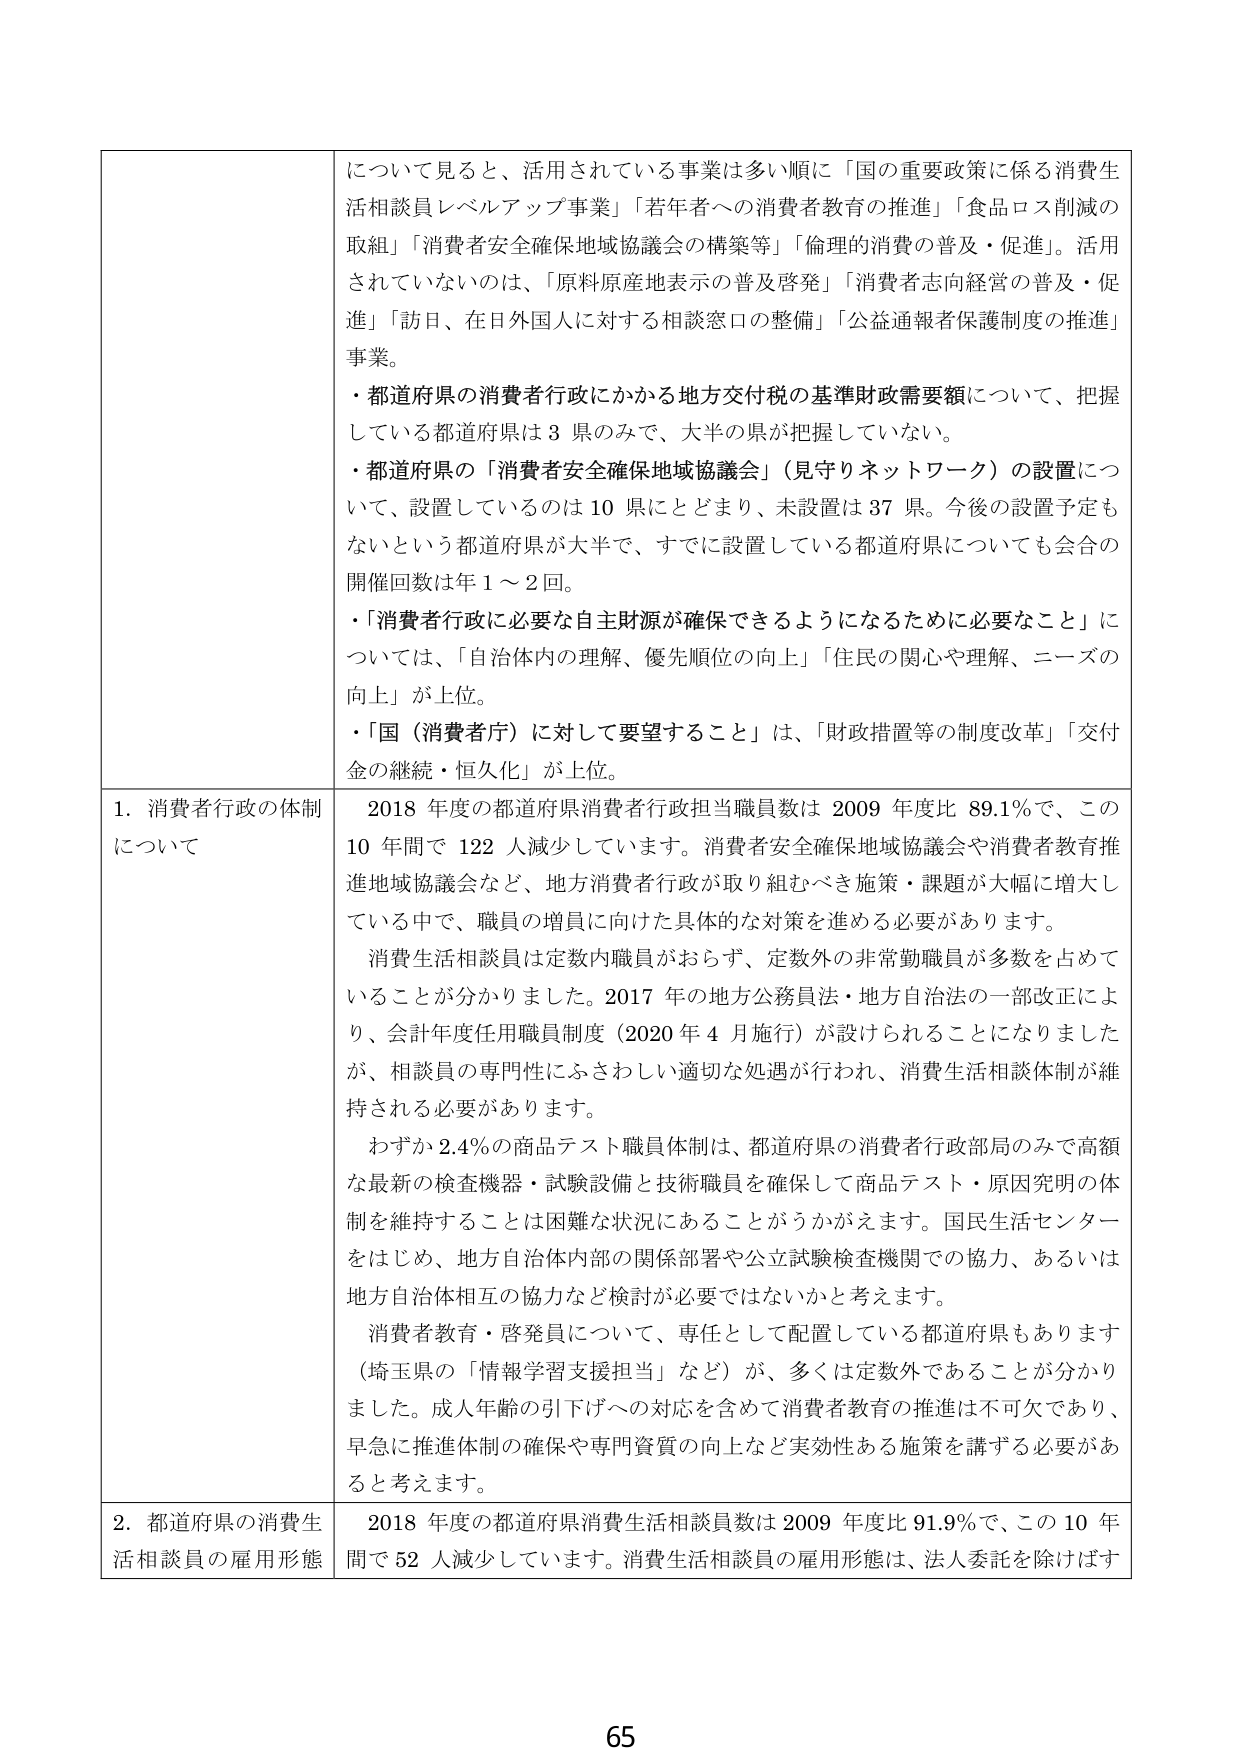
について見ると、活用されている事業は多い順に「国の重要政策に係る消費生活相談員レベルアップ事業」「若年者への消費者教育の推進」「食品ロス削減の取組」「消費者安全確保地域協議会の構築等」「倫理的消費の普及・促進」。活用されていないのは、「原料原産地表示の普及啓発」「消費者志向経営の普及・促進」「訪日、在日外国人に対する相談窓口の整備」「公益通報者保護制度の推進」事業。

・都道府県の消費者行政にかかる地方交付税の基準財政需要額について、把握している都道府県は3県のみで、大半の県が把握していない。

・都道府県の「消費者安全確保地域協議会」（見守りネットワーク）の設置について、設置しているのは10県にとどまり、未設置は37県。今後の設置予定もないという都道府県が大半で、すでに設置している都道府県についても会合の開催回数は年1～2回。

・「消費者行政に必要な自主財源が確保できるようになるために必要なこと」については、「自治体内の理解、優先順位の向上」「住民の関心や理解、ニーズの向上」が上位。

・「国（消費者庁）に対して要望すること」は、「財政措置等の制度改革」「交付金の継続・恒久化」が上位。

1. 消費者行政の体制について
2018年度の都道府県消費者行政担当職員数は2009年度比89.1％で、この10年間で122人減少しています。消費者安全確保地域協議会や消費者教育推進地域協議会など、地方消費者行政が取り組むべき施策・課題が大幅に増大している中で、職員の増員に向けた具体的な対策を進める必要があります。

消費生活相談員は定数内職員がおらず、定数外の非常勤職員が多数を占めていることが分かりました。2017年の地方公務員法・地方自治法の一部改正により、会計年度任用職員制度（2020年4月施行）が設けられることになりましたが、相談員の専門性にふさわしい適切な処遇が行われ、消費生活相談体制が維持される必要があります。

わずか2.4％の商品テスト職員体制は、都道府県の消費者行政部局のみで高額な最新の検査機器・試験設備と技術職員を確保して商品テスト・原因究明の体制を維持することは困難な状況にあることがうかがえます。国民生活センターをはじめ、地方自治体内部の関係部署や公立試験検査機関での協力、あるいは地方自治体相互の協力など検討が必要ではないかと考えます。

消費者教育・啓発員について、専任として配置している都道府県もあります（埼玉県の「情報学習支援担当」など）が、多くは定数外であることが分かりました。成人年齢の引下げへの対応を含めて消費者教育の推進は不可欠であり、早急に推進体制の確保や専門資質の向上など実効性ある施策を講ずる必要があると考えます。

2. 都道府県の消費生活相談員の雇用形態
2018年度の都道府県消費生活相談員数は2009年度比91.9％で、この10年間で52人減少しています。消費生活相談員の雇用形態は、法人委託を除けばす

65